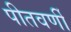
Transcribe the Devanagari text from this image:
पीतवर्णी